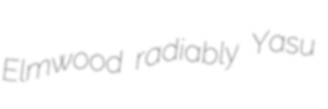
Elmwood radiably Yasu